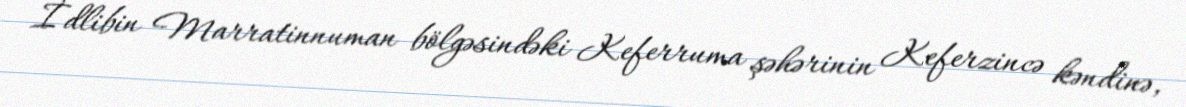
İdlibin Marratinnuman bölgəsindəki Keferruma şəhərinin Keferzincə kəndinə,